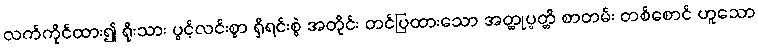
လက်ကိုင်ထား၍ ရိုးသား ပွင့်လင်းစွာ ရှိရင်းစွဲ အတိုင်း တင်ပြထားသော အတ္ထုပ္ပတ္တိ စာတမ်း တစ်စောင် ဟူသော